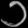
Digit: ၁